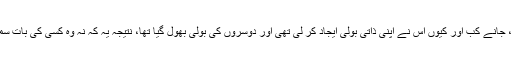
وہ جو بچپن سے تنہا تنہا رہنے کا عادی تھا، جانے کب اور کیوں اس نے اپنی ذاتی بولی ایجاد کر لی تھی اور دوسروں کی بولی بھول گیا تھا، نتیجہ یہ کہ نہ وہ کسی کی بات سمجھتا نہ کوئی اس کی سمجھنے پر تیار ہوتا۔